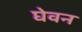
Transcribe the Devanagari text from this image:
घेवन